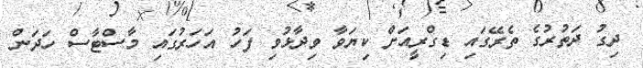
ދިގު ދަތުރުގެ ތެރޭގައި ޑިގްރީއަށް ކިޔަވާ ވިދާޅުވި ފަހު އަހަރުގައި މާސްޓާސް ހަދަން